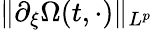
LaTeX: \| \partial_{\xi}\Omega(t,\cdot)\| _{L^{p}}